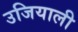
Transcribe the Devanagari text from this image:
उजियाली